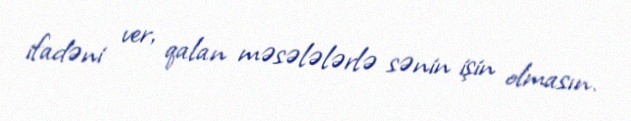
ifadəni ver, qalan məsələlərlə sənin işin olmasın.